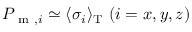
P _ { \mathrm { ~ m ~ } , i } \simeq \langle \sigma _ { i } \rangle _ { \mathrm { T } } ~ ( i = x , y , z )